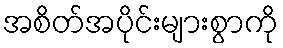
အစိတ်အပိုင်းများစွာကို